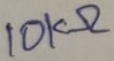
Text: 10KΩ